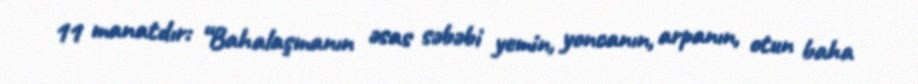
11 manatdır: “Bahalaşmanın əsas səbəbi yemin, yoncanın, arpanın, otun baha